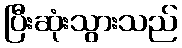
ပြီးဆုံးသွားသည်